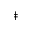
^ { \ddag }